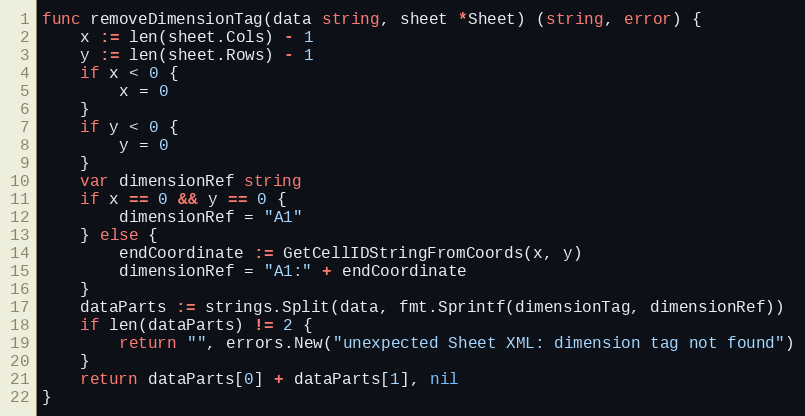
Language: Go
func removeDimensionTag(data string, sheet *Sheet) (string, error) {
	x := len(sheet.Cols) - 1
	y := len(sheet.Rows) - 1
	if x < 0 {
		x = 0
	}
	if y < 0 {
		y = 0
	}
	var dimensionRef string
	if x == 0 && y == 0 {
		dimensionRef = "A1"
	} else {
		endCoordinate := GetCellIDStringFromCoords(x, y)
		dimensionRef = "A1:" + endCoordinate
	}
	dataParts := strings.Split(data, fmt.Sprintf(dimensionTag, dimensionRef))
	if len(dataParts) != 2 {
		return "", errors.New("unexpected Sheet XML: dimension tag not found")
	}
	return dataParts[0] + dataParts[1], nil
}